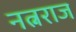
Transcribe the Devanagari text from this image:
नत्नराज